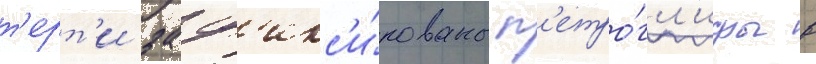
т'ерт'и заф'икс'и́рованы п'етро́гл'ифы в